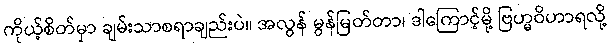
ကိုယ့်စိတ်မှာ ချမ်းသာစရာချည်းပဲ။ အလွန် မွန်မြတ်တာ၊ ဒါကြောင့်မို့ ဗြဟ္မဝိဟာရလို့